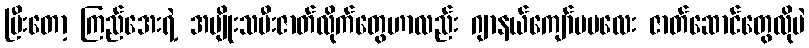
ပြီးတော့ ကြည်အေးရဲ့ အမျိုးသမီးဇာတ်လိုက်တွေဟာလည်း ဂျာနယ်ကျော်မမလေး ဇာတ်ဆောင်တွေလိုပဲ